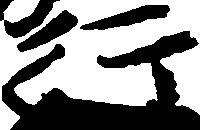
行